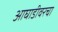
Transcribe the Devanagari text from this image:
आघाडीवरचा